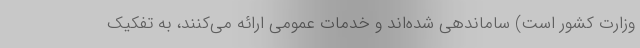
وزارت کشور است) ساماندهی شده‌اند و خدمات عمومی ارائه می‌کنند، به تفکیک